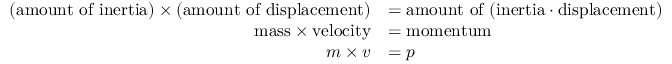
{ \begin{array} { r l } { ( { \mathrm { a m o u n t ~ o f ~ i n e r t i a } } ) \times ( { \mathrm { a m o u n t ~ o f ~ d i s p l a c e m e n t } } ) } & { = { \mathrm { a m o u n t ~ o f ~ ( i n e r t i a ⋅ d i s p l a c e m e n t ) } } } \\ { { \mathrm { m a s s } } \times { \mathrm { v e l o c i t y } } } & { = { \mathrm { m o m e n t u m } } } \\ { m \times v } & { = p } \end{array} }